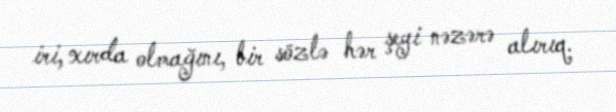
iri, xırda olmağını, bir sözlə hər şeyi nəzərə alırıq.